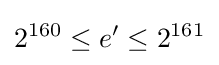
2^{160}\leq e'\leq 2^{161}